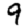
Digit: 9